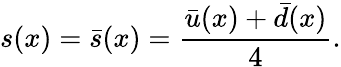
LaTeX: s(x)=\bar{s}(x)=\frac{\bar{u}(x)+\bar{d}(x)}{4}.